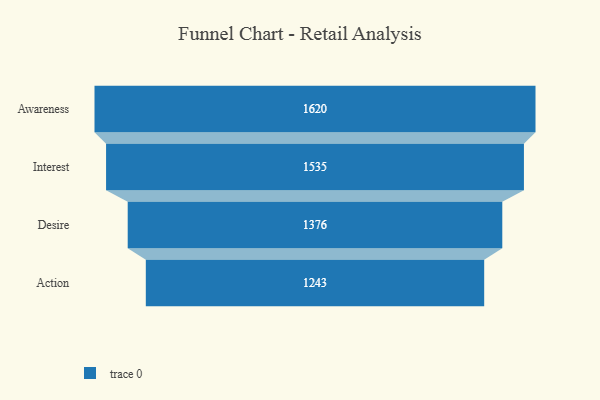
{"axis": {"x": "Stage", "y": "Value"}, "legend": [""], "data": [{"x": "Awareness", "y": 1620.0, "type": ""}, {"x": "Interest", "y": 1535.0, "type": ""}, {"x": "Desire", "y": 1376.0, "type": ""}, {"x": "Action", "y": 1243.0, "type": ""}]}